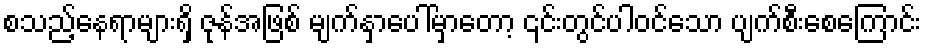
စသည့်နေရာများရှိ ဇုန်အဖြစ် မျက်နှာပေါ်မှာတော့ ၎င်းတွင်ပါဝင်သော ပျက်စီးစေကြောင်း